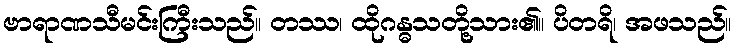
ဗာရာဏသီမင်းကြီးသည်။ တဿ၊ ထိုဂန္ဓသတို့သား၏။ ပိတရိ၊ အဖသည်။